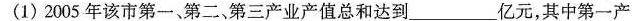
(1)2005年该市第一、第二、第三产业产值总和达到_________亿元，其中第一产